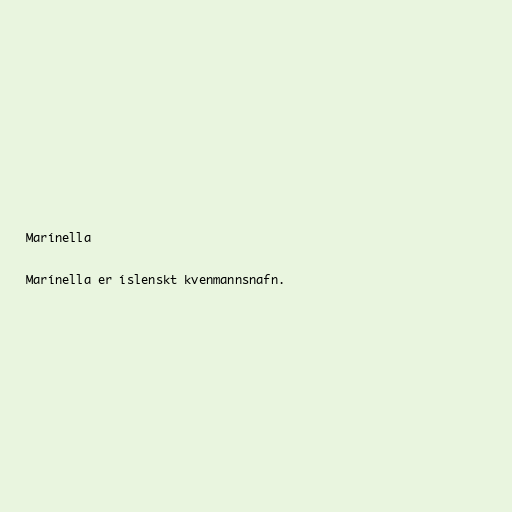
Marínella

Marínella er íslenskt kvenmannsnafn.